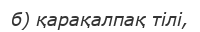
б) қарақалпақ тілі,